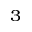
^ { 3 }